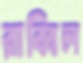
রাব্বিল